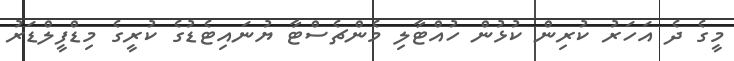
މީގެ ދެ އަހަރު ކުރިން ކުޅުން ހުއްޓާލި މެންޗެސްޓާ ޔުނައިޓެޑުގެ ކުރީގެ މިޑްފީލްޑަރު